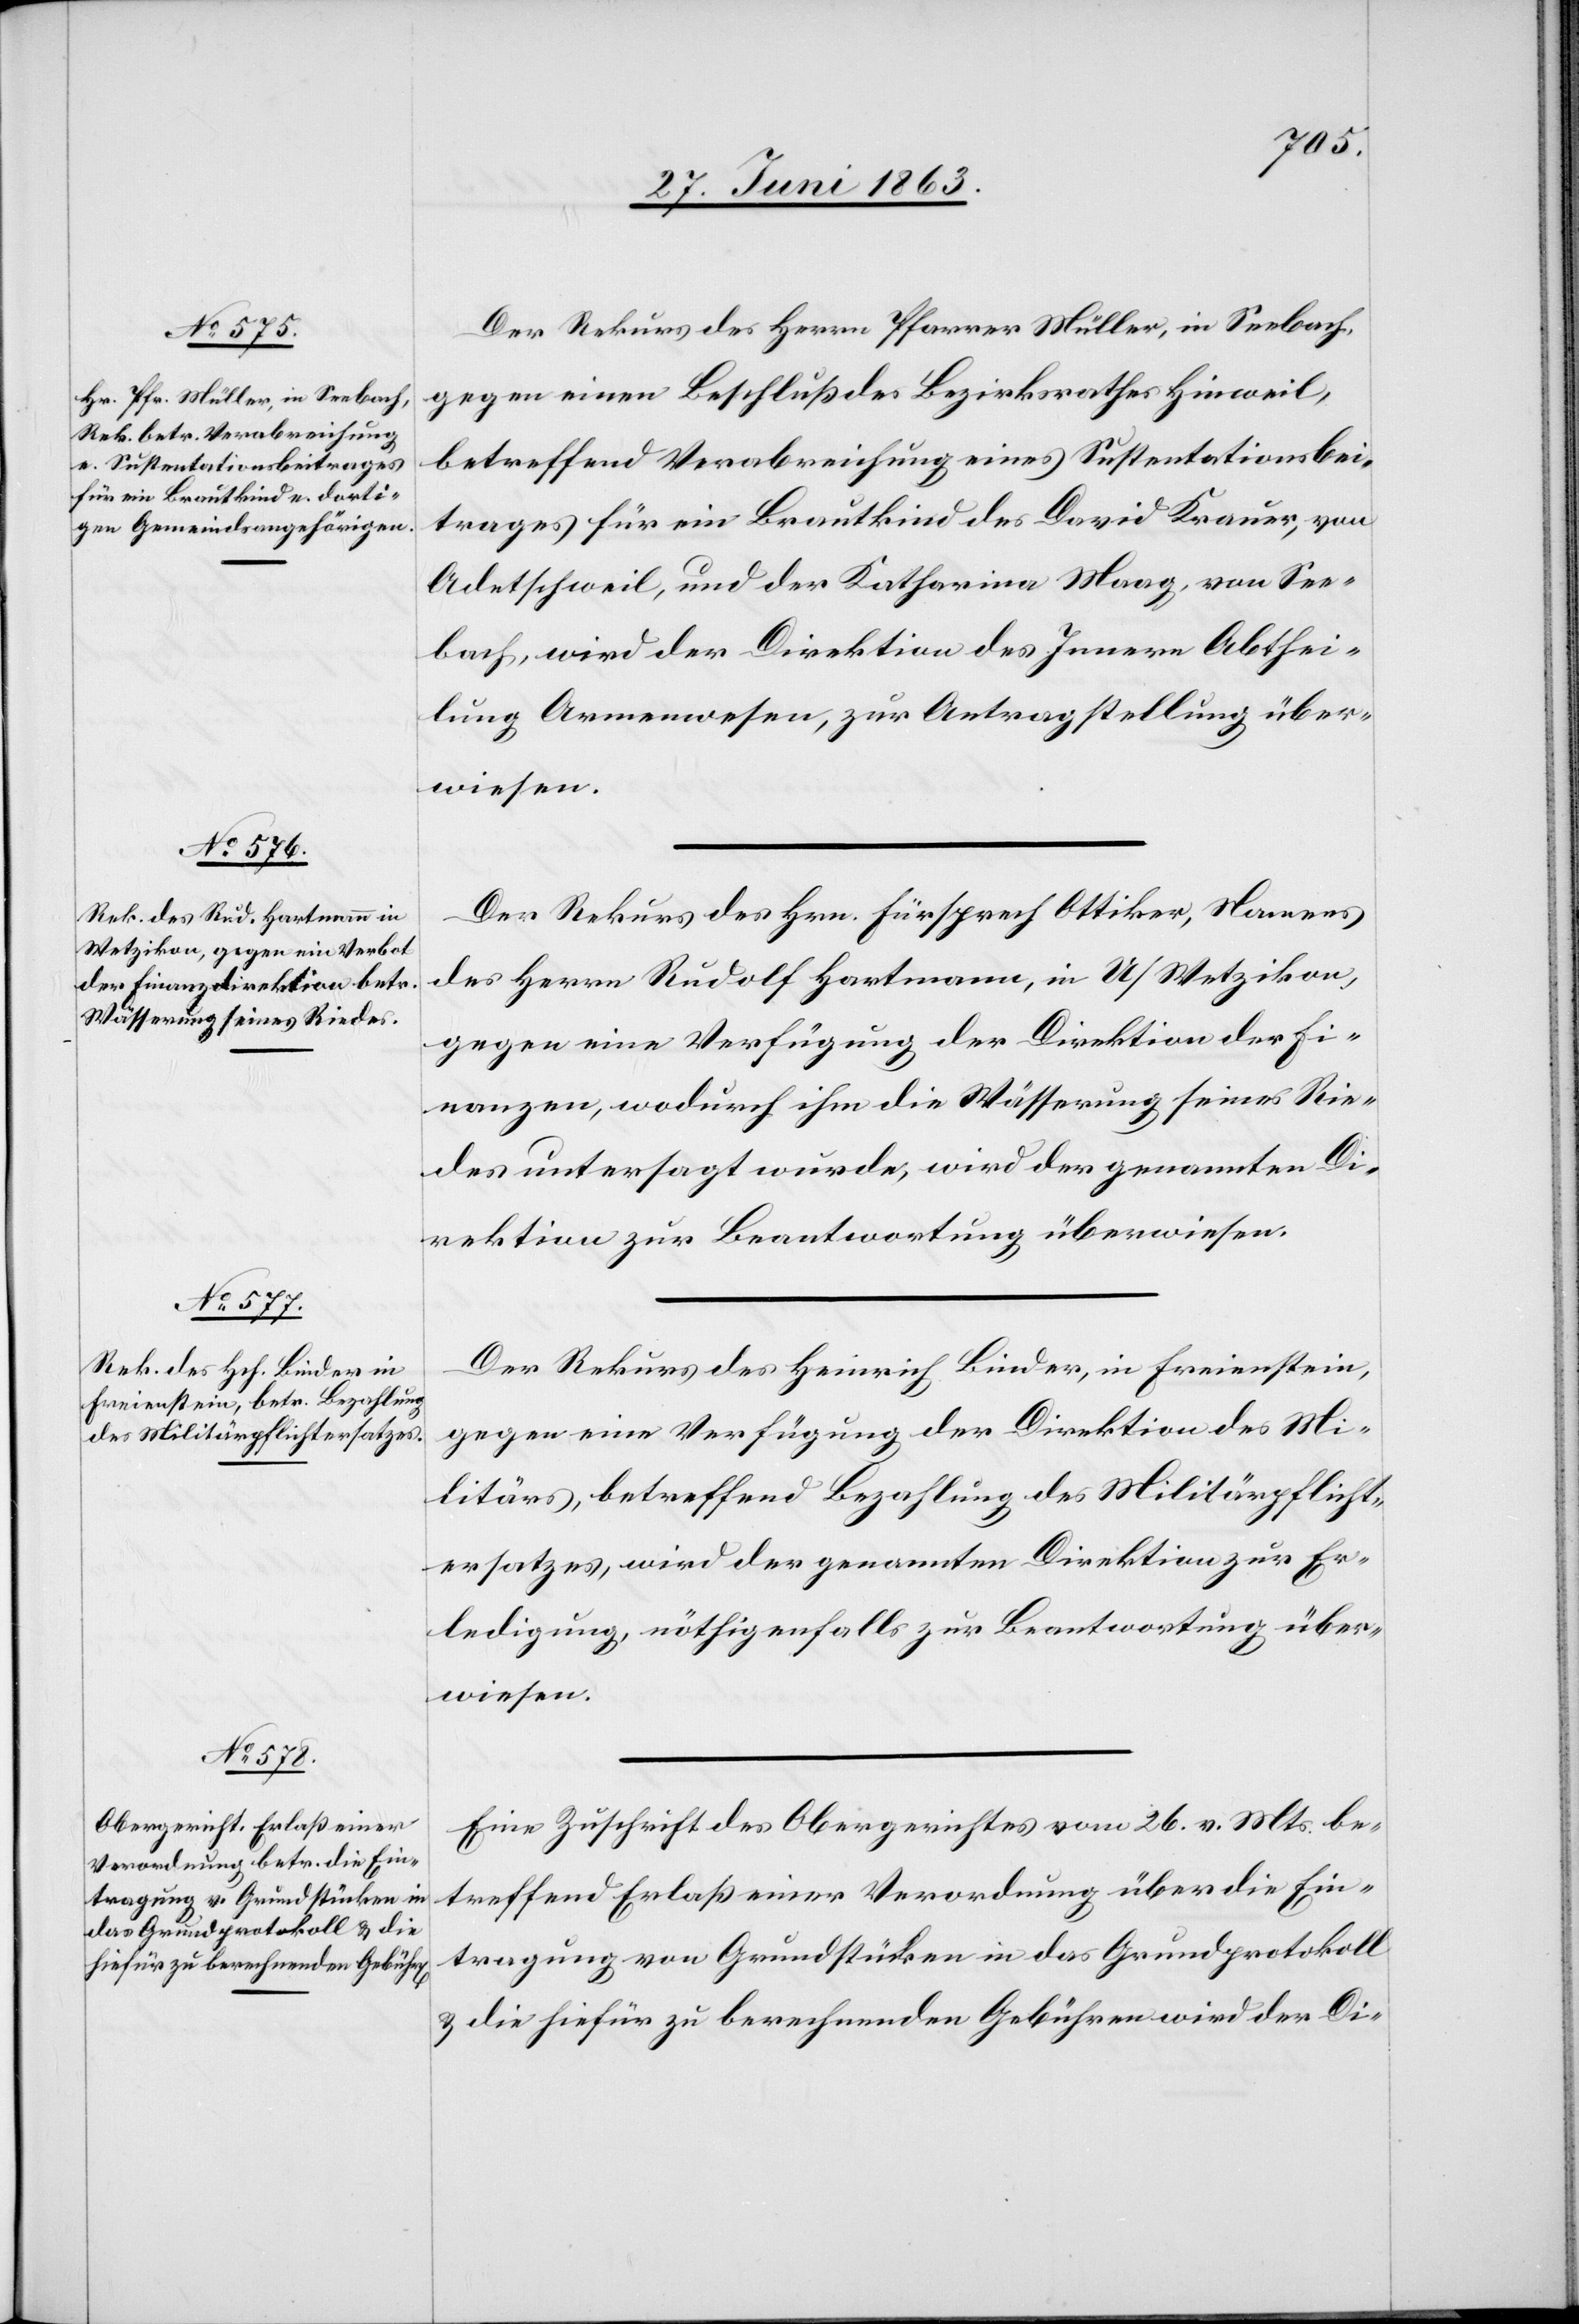
den 1.

Der Rekurs des Herrn Pfarrer Müller, in Seebach,
gegen einen Beschluß des Bezirksrathes Hinweil,
betreffend Verabreichung eines Sustentationsbei¬
trages für ein Brautkind des David Krauer, von
Adetschweil, und der Katharina Maag, von See¬
bach, wird der Direktion des Innern Abthei¬
lung Armenwesen, zur Antragstellung über¬
wiesen.
Der Rekurs des Hrn. Fürsprech Ottiker, Namens
des Herrn Rudolf Hartmann, in U/Wetzikon,
gegen eine Verfügung der Direktion der Fi¬
nanzen, wodurch ihm die Wässerung seines Rie¬
des untersagt wurde, wird der genannten D¬
irektion zur Beantwortung überwiesen.
Der Rekurs des Heinrich Binder, in Freienstein,
gegen eine Verfügung der Direktion des Mi¬
litärs, betreffend Bezahlung des Militärpflicht¬
ersatzes, wird der genannten Direktion zur Er¬
ledigung, nöthigenfalls zur Beantwortung über¬
wiesen.
Eine Zuschrift des Obergerichtes vom 26. v. Mts. be¬
treffend Erlaß einer Verordnung über die Ein¬
tragung von Grundstücken in das Grundprotokoll
& die hiefür zu berechnenden Gebühren wird der Di-